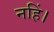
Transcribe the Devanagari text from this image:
नहिं।